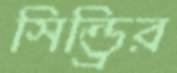
সিন্ড্রির